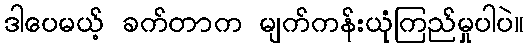
ဒါပေမယ့် ခက်တာက မျက်ကန်းယုံကြည်မှုပါပဲ။